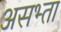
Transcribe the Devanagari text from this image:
असभ्ता